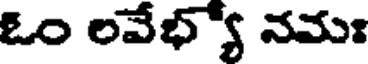
ఓం లవేభ్యో నమః